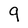
Character: 9